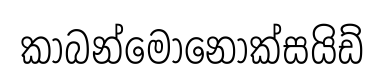
කාබන්මොනොක්සයිඩ්